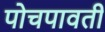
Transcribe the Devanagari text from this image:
पोचपावती